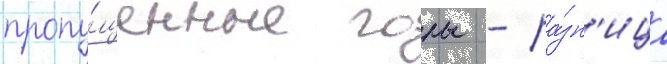
пропу́щенные голы - ра́зн'ица